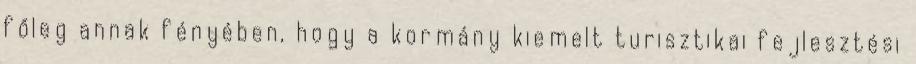
főleg annak fényében, hogy a kormány kiemelt turisztikai fejlesztési